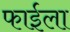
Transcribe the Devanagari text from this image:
फाईला